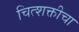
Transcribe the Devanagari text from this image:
चित्शक्तीचा